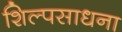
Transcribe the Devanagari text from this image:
शिल्पसाधना